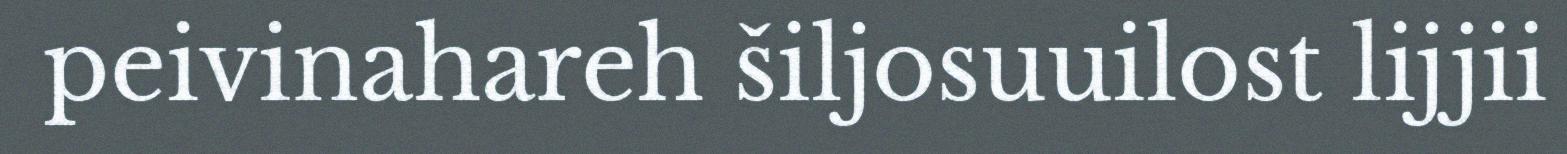
peivinahareh šiljosuuilost lijjii